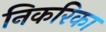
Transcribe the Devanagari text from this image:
निकरिका